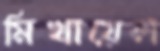
মিখায়েল